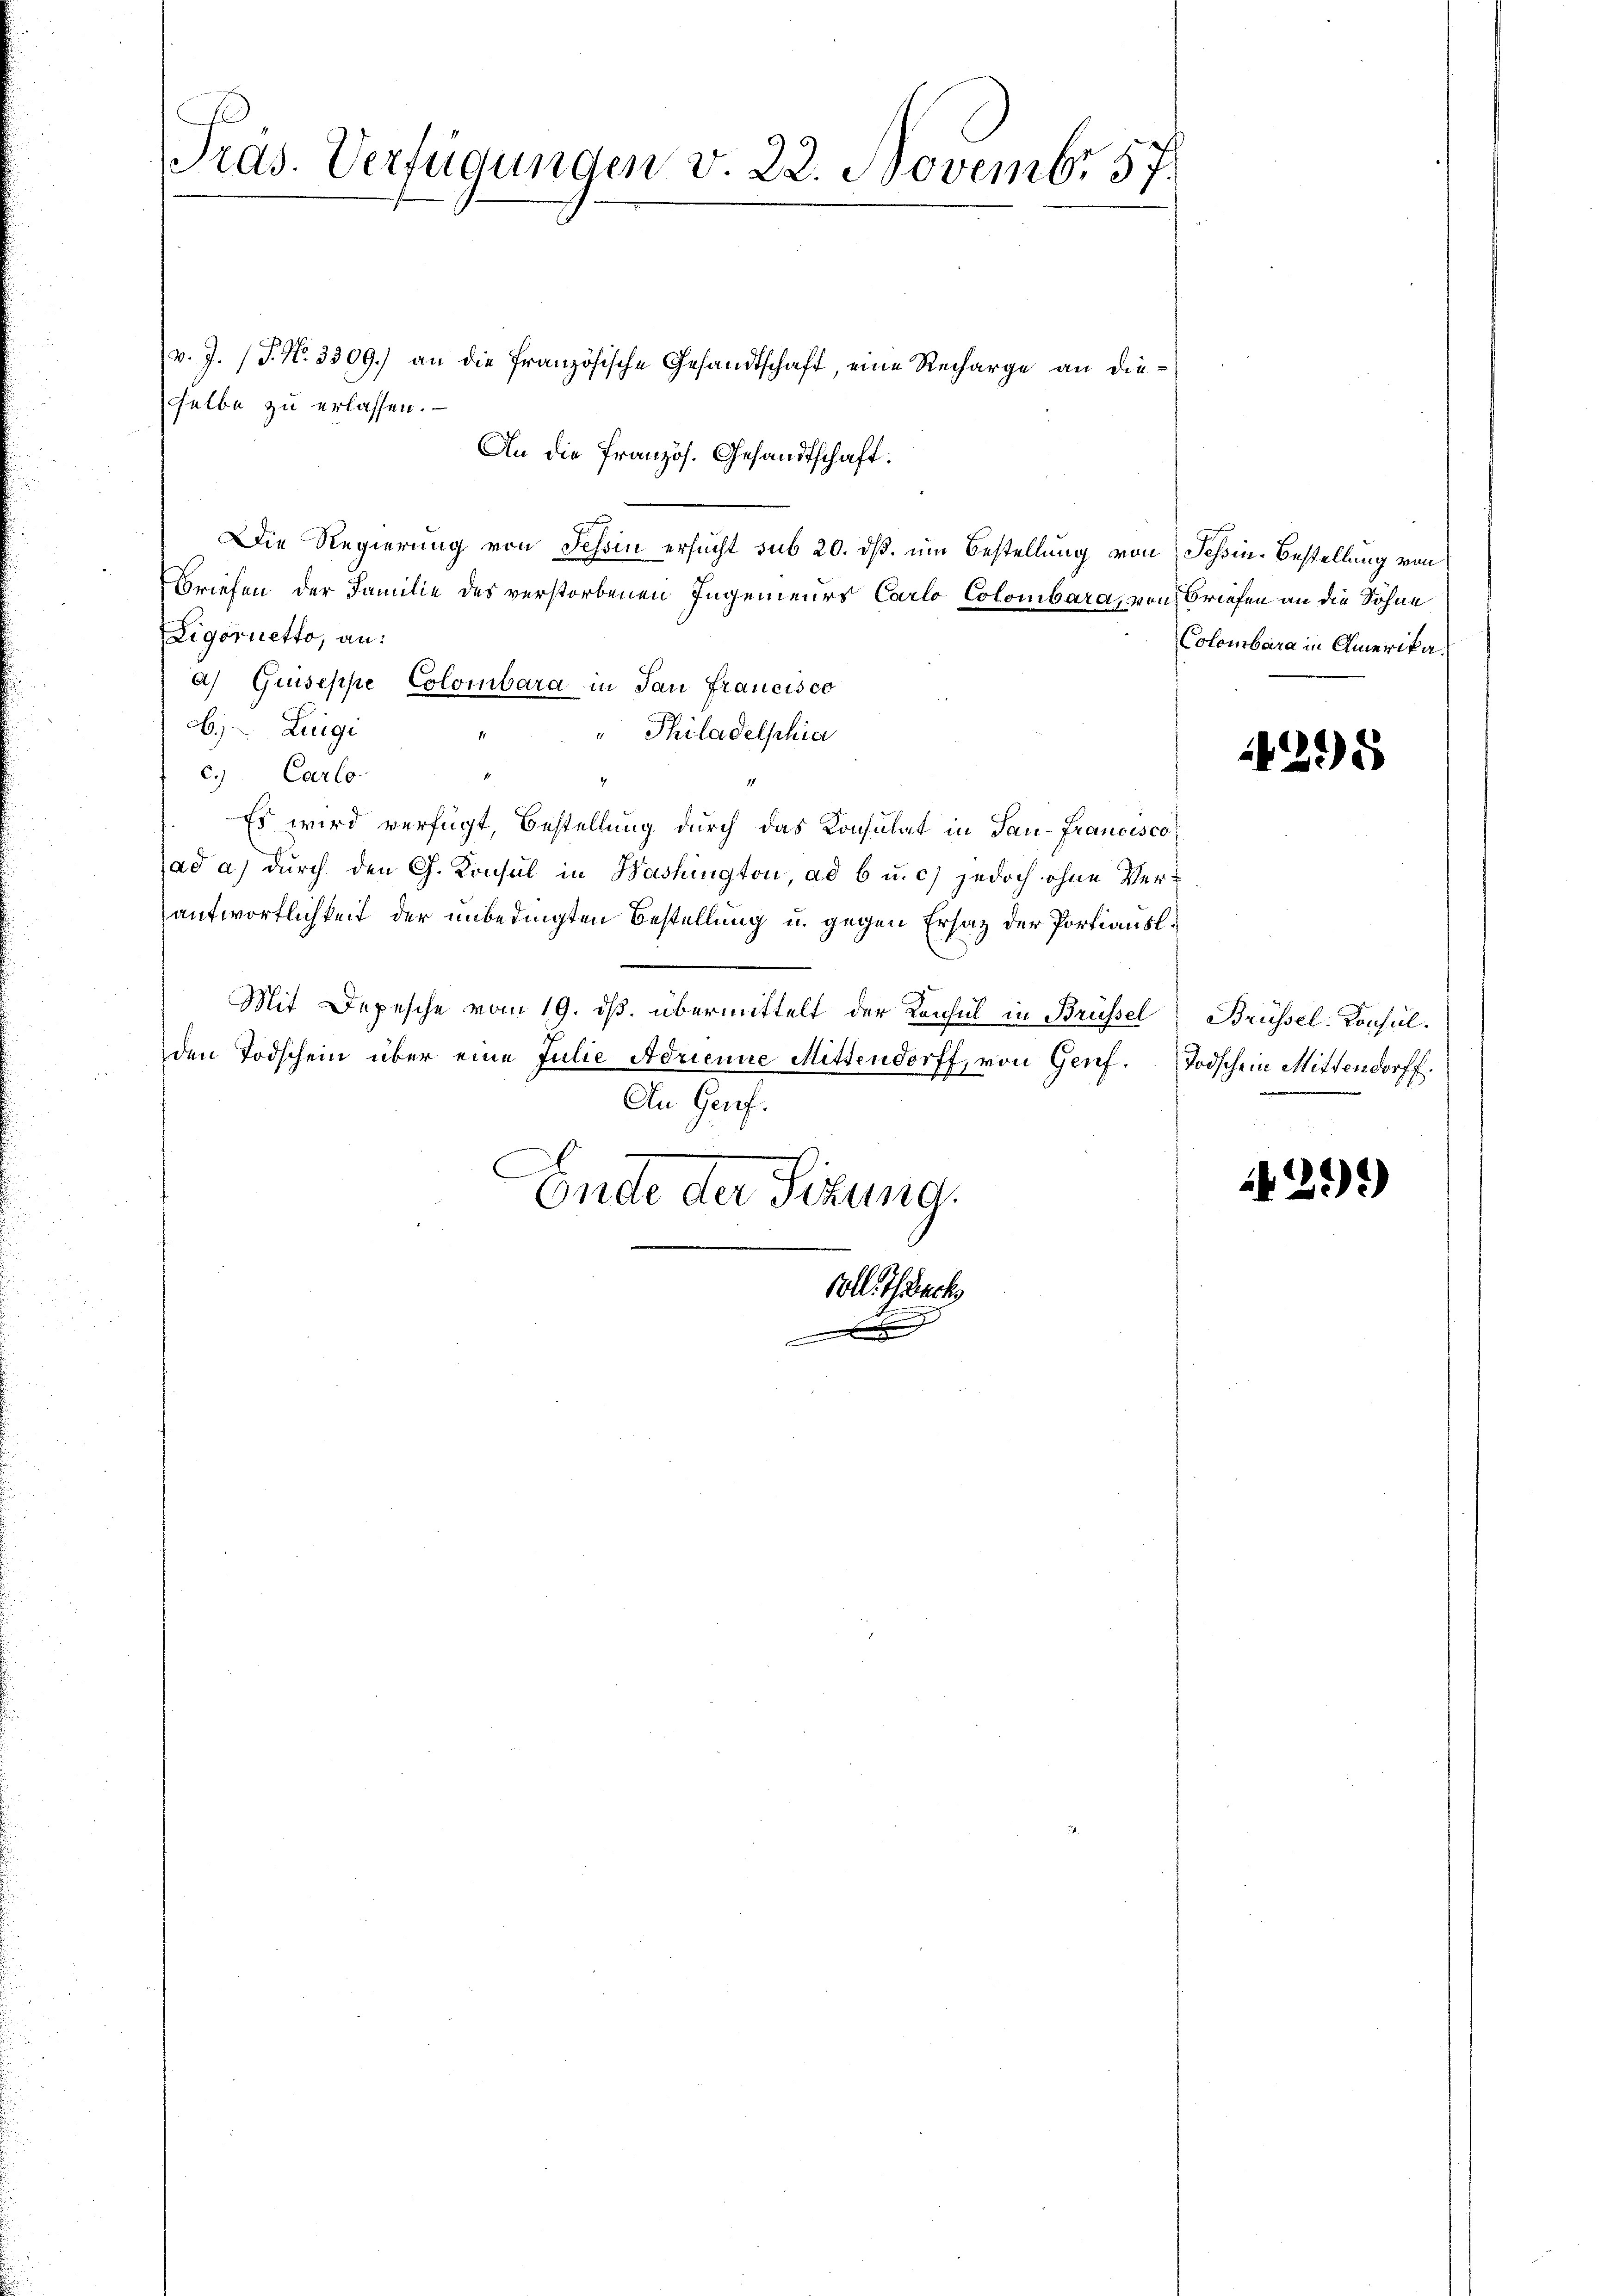
Präs. Verfügungen v. 22. Novembr 57.

v. J. (T. No. 3309.) an die französische Gesandtschaft, eine Recharge an dieselbe zu erlassen.
An die Französ. Gesandtschaft.
Die Regierung von Tessin ersucht sub 20. ds. um Bestellung von Tessin. Bestellung von
Briefen der Familie des verstorbenen Ingenieurs Carlo Colombara, von Briefen an die Söhne
Ligorietto, an:
a) Guiseppe Colombara in San Francisco
b. Luigi
" Philadelphia
c.) Carlo
Es wird verfügt, Bestellung durch das Konsulat in Tau-Francisco
ad a.) durch den Ch. Konsul in Washington, ad 6 u. c) jedoch ohne Verantwortlichkeit der unbedingten Bestellung u. gegen Ersatz der Portiausl.
Mit Depesche vom 19. ds. übermittelt der Konsul in Brüssel
den Todschein über eine Julie Adrienne Mittendorff, von Genf. Todschein Mittendorff.
An Genf.
Ende der Sizung.

cementen

Colle Thack

Colombara in Amerika

4295

Brüssel: Consul.

1429)